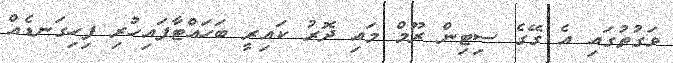
ވަގުތުގައި އެ ގޭގެ ސިޓިން ރޫމް މައި ދޮރު ކައިރީ ބަހައްޓާފައިހުރި ފިހިގަނޑެއް